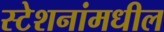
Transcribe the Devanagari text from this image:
स्टेशनांमधील